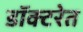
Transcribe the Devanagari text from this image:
डॉक्टरेत